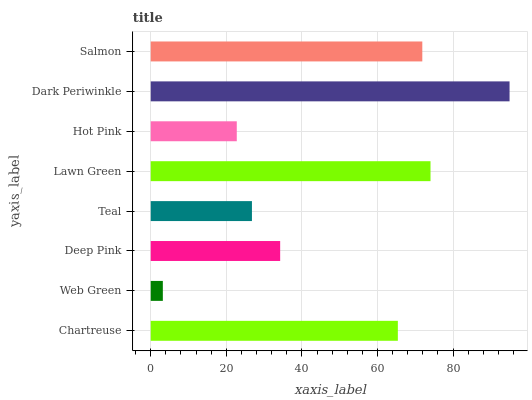
| yaxis_label | bars |
 | --- | --- |
 | Chartreuse | 65.4 |
 | Web Green | 3.21 |
 | Deep Pink | 34.2 |
 | Teal | 26.8 |
 | Lawn Green | 74 |
 | Hot Pink | 22.8 |
 | Dark Periwinkle | 94.9 |
 | Salmon | 71.9 |